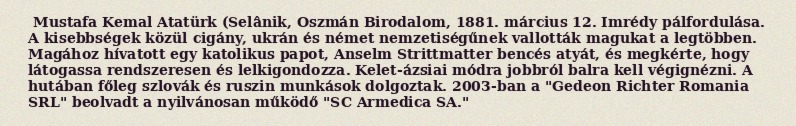
Mustafa Kemal Atatürk (Selânik, Oszmán Birodalom, 1881. március 12. Imrédy pálfordulása. A kisebbségek közül cigány, ukrán és német nemzetiségűnek vallották magukat a legtöbben. Magához hívatott egy katolikus papot, Anselm Strittmatter bencés atyát, és megkérte, hogy látogassa rendszeresen és lelkigondozza. Kelet-ázsiai módra jobbról balra kell végignézni. A hutában főleg szlovák és ruszin munkások dolgoztak. 2003-ban a "Gedeon Richter Romania SRL" beolvadt a nyilvánosan működő "SC Armedica SA."